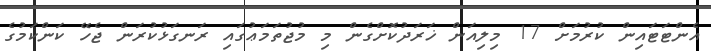
އެންޓަޓައިން ކުރުމަށް 17 މިލިއަން ޚަރަދުކޮށްގެން މި މުޖުތަމަޢުގައި ރަނގަޅުކުރަން ޖެހޭ ކަންކަމުގެ